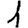
Digit: 1